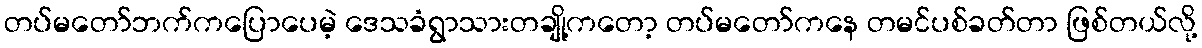
တပ်မတော်ဘက်ကပြောပေမဲ့ ဒေသခံရွာသားတချို့ကတော့ တပ်မတော်ကနေ တမင်ပစ်ခတ်တာ ဖြစ်တယ်လို့